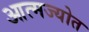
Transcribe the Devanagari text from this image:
आत्मज्योत